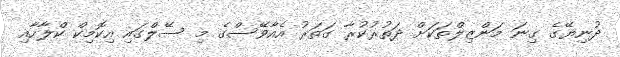
ދުނިޔޭގެ ގިނަ މަންޒިލްތަކަށް ދަތުރުކުރާ ގަތަރު އެއާވޭސްގެ މި ސޭލްގައި އިކޮމިކް ކްލާހާއި